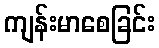
ကျန်းမာစေခြင်း